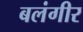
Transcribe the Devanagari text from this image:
बलंगीर